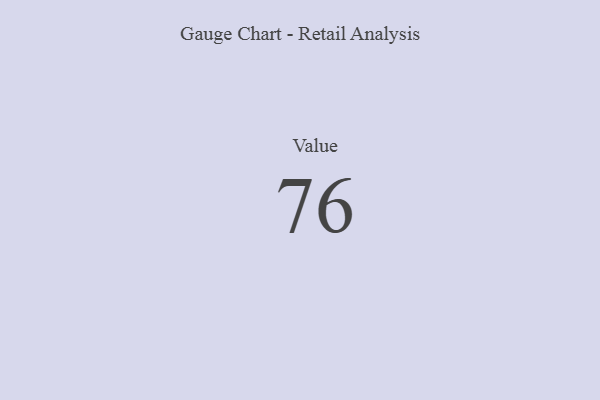
{"axis": {"x": "Metric", "y": "Value"}, "legend": [""], "data": [{"x": "Value", "y": 76, "type": ""}]}